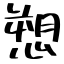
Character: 愬